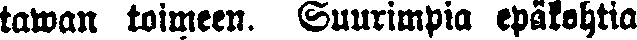
tawan toimeen. Suurimpia epäkohtia